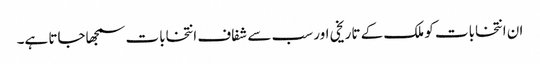
ان انتخابات کو ملک کے تاریخی اور سب سے شفاف انتخابات سمجھاجاتا ہے۔